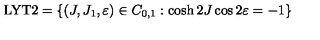
\mathrm { L Y T 2 } = \left\{ ( J , J _ { 1 } , \varepsilon ) \in C _ { 0 , 1 } : \cosh 2 J \cos 2 \varepsilon = - 1 \right\}